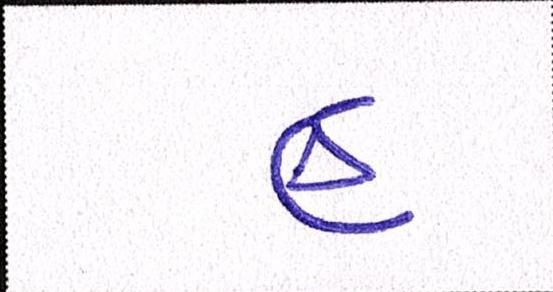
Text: હુ